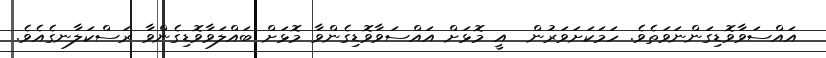
އައްސަވާވޮޑިގަންނަވަތެވެ. ހަމަކަށަވަރުން  އީ މޮޅަށް އައްސަވާވޮޑިގެންވާ މޮޅަށް ބައްލަވާވޮޑިގެންވާ ރަސްކަލާނގެއެވެ.